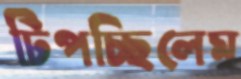
টিপচ্ছিলেম